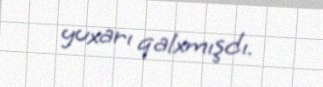
yuxarı qalxmışdı.